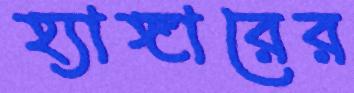
হ্যাঙ্গারের